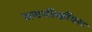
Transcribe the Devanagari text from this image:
एमपीव्हीएल